NAE_EAA_P-1039_Kommunismi_Majak_kalurikolhoos, lk 8
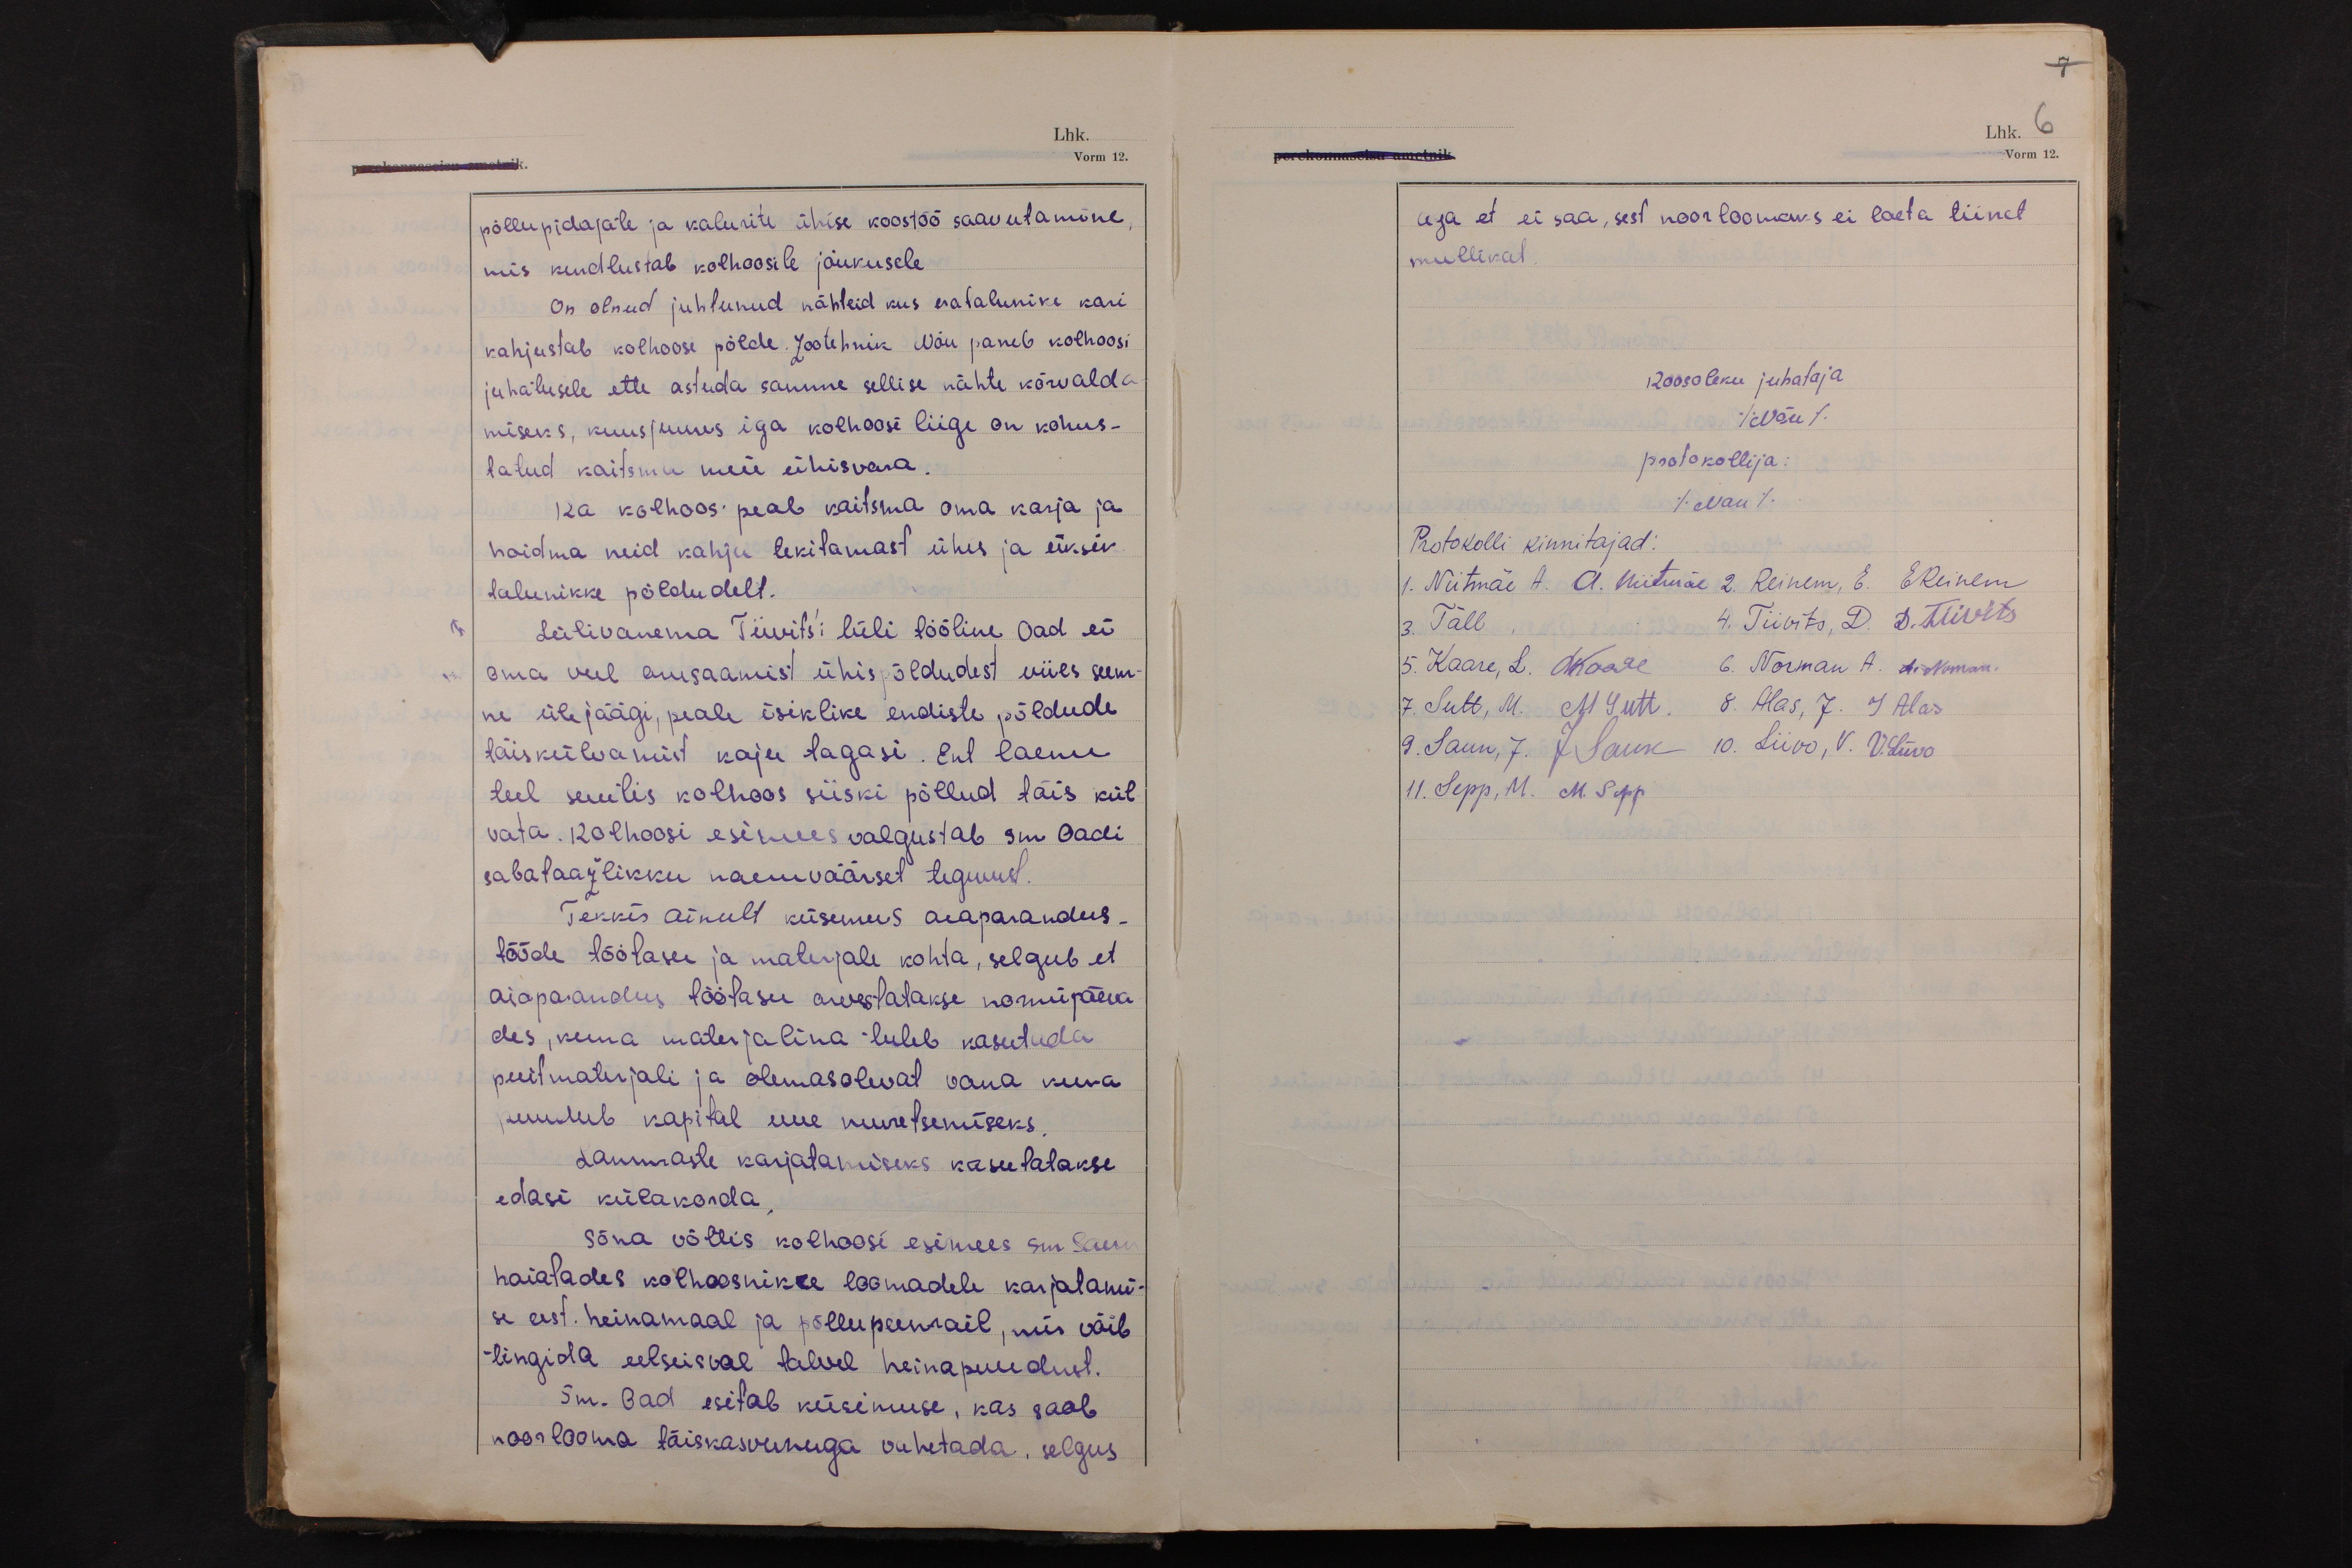
7.
Lhk. 6
Vorm 12.

põllupidajate ja kalurite ühise koostöö saavutamine,
mis kindlustab kolhoosile jõukusele
On olnud juhtunud nähteid kus eratalunike kari
kahjustab kolhoosi põlde. Zootehnik Nõu paneb kolhoosi
juhatusele ette astuda samme sellise nähte kõrvalda-
miseks, kuusjuures iga kolhoosi liige on kohus-
tatud kaitsma meie ühisvara.
Ka kolhoos peab kaitsma oma karja ja
hoidma neid kahju tekitamast ühis ja üksik
talunikke põldudelt.
Lülivanema Tiivits´i lüli tööline Oad ei
oma veel arusaamist ühispõldudest viies seem-
ne ülejäägi, peale isiklike endiste põldude
täiskülvamist koju tagasi. Ent laenu
teel suutis kolhoos siiski põllud täis kül-
vata. Kolhoosi esimees valgustab sm Oadi
sabataažlikku naeruväärset tegevust.
Tekkis ainult küsimus aiaparandus-
tööde töötasu ja materjali kohta, selgub et
aiaparandus töötasu arvestatakse normipäeva-
des, kuna materjalina tuleb kasutada
puitmaterjali ja olemasolevat vana kuna
puudub kapital uue muretsemiseks.
Lammaste karjatamiseks kasutatakse
edasi külakorda.
Sõna võttis kolhoosi esimees sm. Saun
hoiatades kolhoosnikke loomadele karjatami-
se eest. heinamaal ja põllupeenrail, mis võib
tingida eelseisval talvel heinapuudust.
Sm. Oad esitab küsimuse, kas saab
noorlooma täiskasvunuga vahetada, selgus

aga et ei saa, sest noorloomaks ei loeta tiinet
mullikat.
Koosoleku juhataja
(Nõu)
protokollija:
(Nau)
Protokolli kinnitajad:
1. Niitmäe A. A. Niitmäe 2. Reinem, E. EReinem
3. Täll,  4. Tiivits, D. D. Tiivits
5. Kaare, L. LKaare 6. Norman A. A. Norman.
7. Sutt, M. M Sutt. 8. Alas, J. J Alas
9. Saun, J. J Saun 10. Liivo, V. V. Liivo
11. Sepp, M. M. Sepp